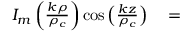
\begin{array} { r l } { I _ { m } \left( \frac { k \rho } { \rho _ { c } } \right) \cos \left( \frac { k z } { \rho _ { c } } \right) } & { { } = } \end{array}